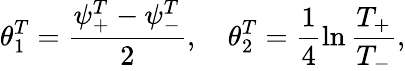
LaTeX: \theta_{1}^{T}=\frac{\psi_{+}^{T}-\psi_{-}^{T}}{2},\ \ \ \ \theta_{2}^{T}=\frac{1}{4}\ln\frac{T_{+}}{T_{-}},